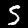
Digit: 5